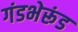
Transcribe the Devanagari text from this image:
गंडभेरूंड